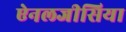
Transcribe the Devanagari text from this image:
ऐनलजीसिया